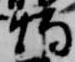
燭